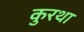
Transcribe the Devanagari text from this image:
कुरथा